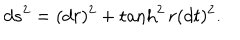
d s ^ { 2 } = ( d r ) ^ { 2 } + \tanh ^ { 2 } r ( d t ) ^ { 2 } .